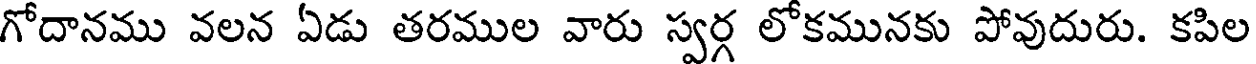
గోదానము వలన ఏడు తరముల వారు స్వర్గ లోకమునకు పోవుదురు. కపిల